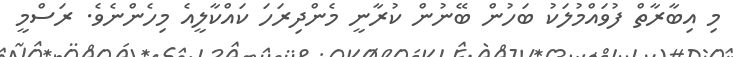
މި އިބާރާތް ފުވައްމުލަކު ބަހުން ބޭނުން ކުރާނީ މެންދިރަހަ ކައްކާލީއެ މިހެންނެވެ. ރަސްމީ